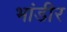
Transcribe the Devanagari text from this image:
भांडीर